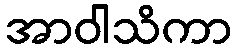
အာဝါသိကာ